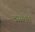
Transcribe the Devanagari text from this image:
ढळलेले